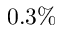
0 . 3 \%